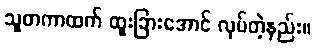
သူတကာထက် ထူးခြားအောင် လုပ်တဲ့နည်း။